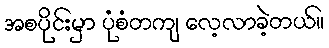
အစပိုင်းမှာ ပုံစံတကျ လေ့လာခဲ့တယ်။